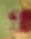
খা